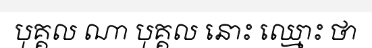
បុគ្គល ណា បុគ្គល នោះ ឈ្មោះ ថា